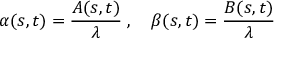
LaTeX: \alpha ( s , t ) = { \frac { A ( s , t ) } { \lambda } } \; , \quad \beta ( s , t ) = { \frac { B ( s , t ) } { \lambda } }